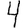
Digit: 4